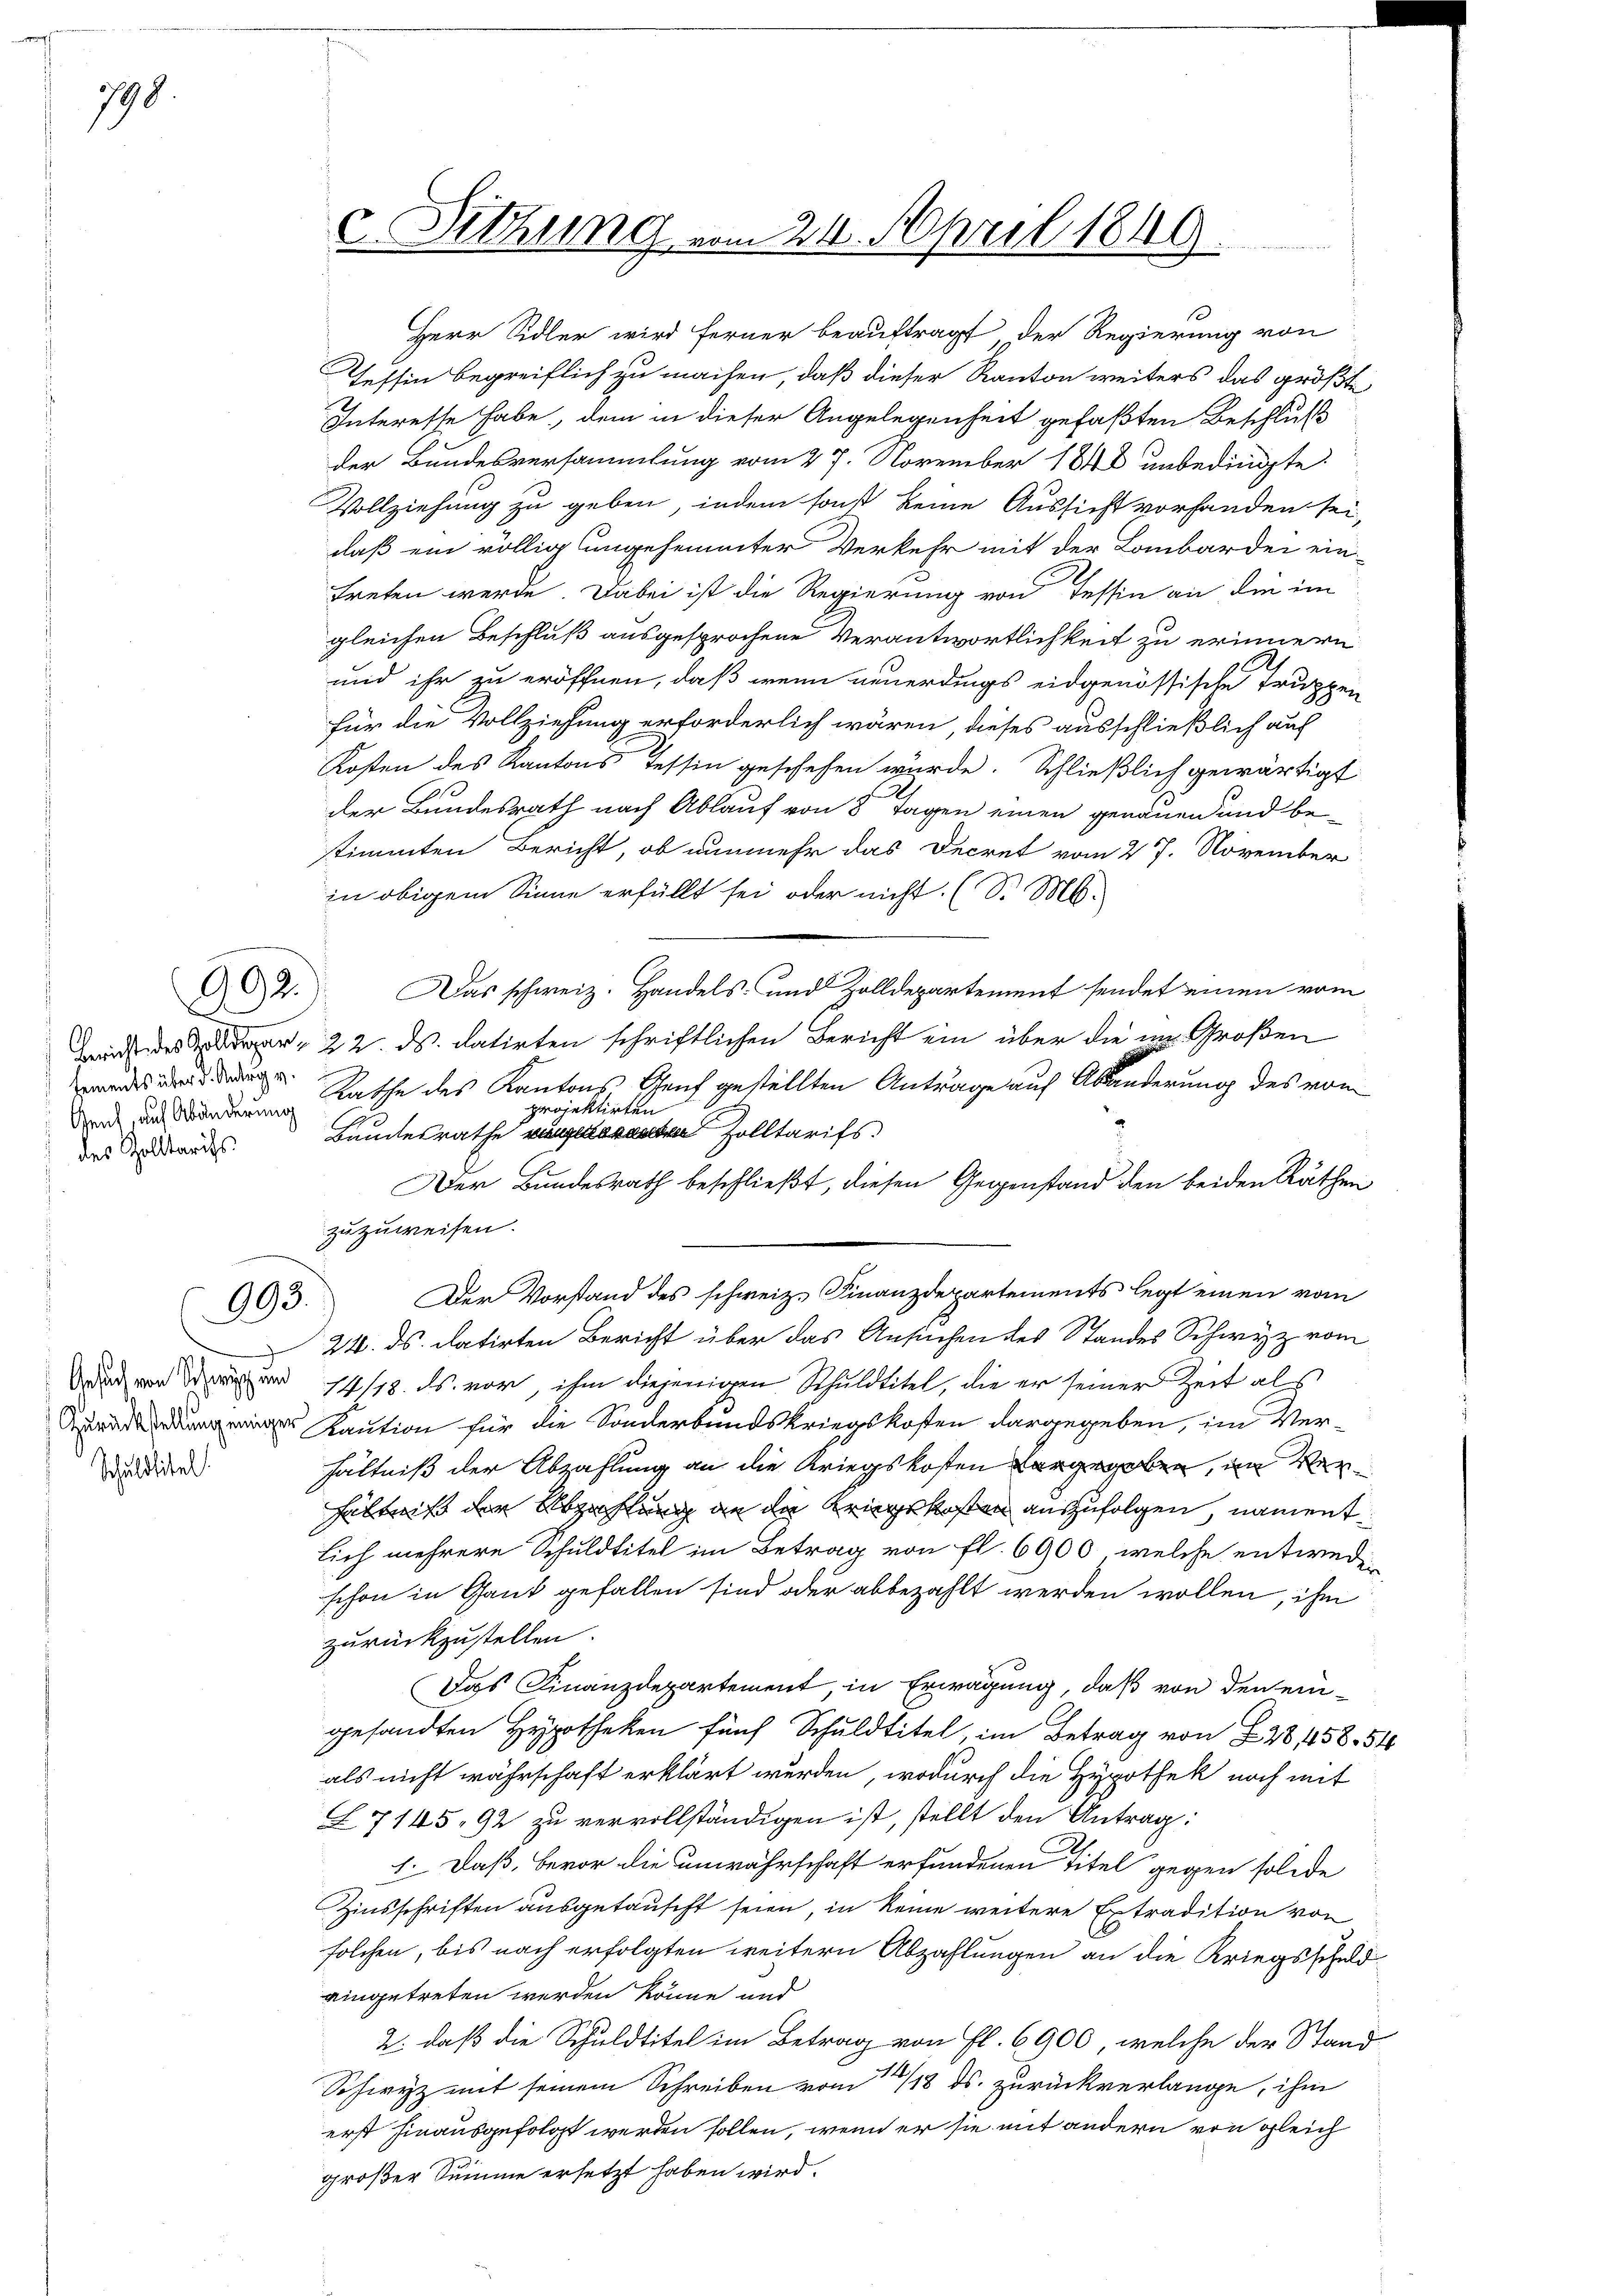
798.

Genf, auf Abänderung

992.

993.

Schuldtitel!

treten werde. Dabei ist die Regierung von Tessin an die im
gleichen Beschluß ausgesprochene Verantwortlichkeit zu erinnern
und ihr zu eröffnen, daß wenn neuerdings eidgenössische Truppen
für die Vollziehung erforderlich wären, dieses ausschließlich auf
Kosten des Kantons Tessin geschehen würde. Schließlich gewärtigt
der Bundesrath nach Ablauf von 8 Tagen einen genauen und bestimmten Bericht, ob nunmehr das Decret vom 27. November
in obigem Sinne erfüllt sei oder nicht (S. M.
Das schweiz. Handels- und Zolldepartement sendet einen vom
Dann des 22. ds. datirten schriftlichen Bericht ein über die im Großen
wordes und der Rathe des Kantons, Genf gestellten Antrage auf Abänderung des vom
projektirten
des Sandes Bundesrathe vergelesenen Zolltarifs.
Der Bundesrath beschließt, diesen Gegenstand den beiden Räthen
zuzuweisen.
Der Vorstand des schweiz. Finanzdepartements legt einen vom
24. ds. datirten Bericht über das Ansuchen des Standes Schwyz vom
dar von der 14/18. ds. vor, ihm diejenigen Schuldtitel, die er seiner Zeit als
Kaution für die Sonderbundskriegskosten dargegeben, im Verhältniß der Abzahlung an die Kriegskosten vorgegeben, im Verhältnis der Abzahlung an der Kriegskosten auszufolgen, namentlich mehrere Schuldtitel im Betrag von fl. 6900 welche entwede
schon in Gant gefallen sind oder abbezahlt werden wollen, ihm
zurückzustellen.
Das Finanzdepartement, in Erwägung, daß von den eingesandten Hypotheken fünf Schuldtitel, im Betrag von 228, 158. 54
als nicht währschaft erklärt wurden, wodurch die Hypothek noch mit
L7145, 92 zu vervollständigen ist, stellt den Antrag:
1. Daß, bevor die unwahrschaft erfundenen Titel gegen solide
Zinsschriften ausgetaufft seien, in keine weitere Extradition von
solchen, bis nach erfolgten weitern Abzahlungen an die Kriegsschuldeingetreten werden könne und
2. daß die Schuldtitel im Betrag von Fl. 6900, welche der Stand
Schwyz mit seinem Schreiben vom 14/18 ds. zurückverlange, ihm
erst hinausgefolgt werden sollen, wenn er sie mit andern von gleich
großer Summe ersetzt haben wird.

c. Sitzung vom 21. April 1849

Herr Sidler wird ferner beauftragt, der Regierung von
Tessin begreiflich zu machen, daß dieser Kanton weiters das größte
Interesse habe, dem in dieser Angelegenheit gefaßten Beschluß
der Bundesversammlung vom 27. November 1848 unbedingte
Vollziehung zu geben, indem sonst keine Aussicht vorhanden sei,
daß ein völlig ungehemmter Verkehr mit der Lombarden ein-